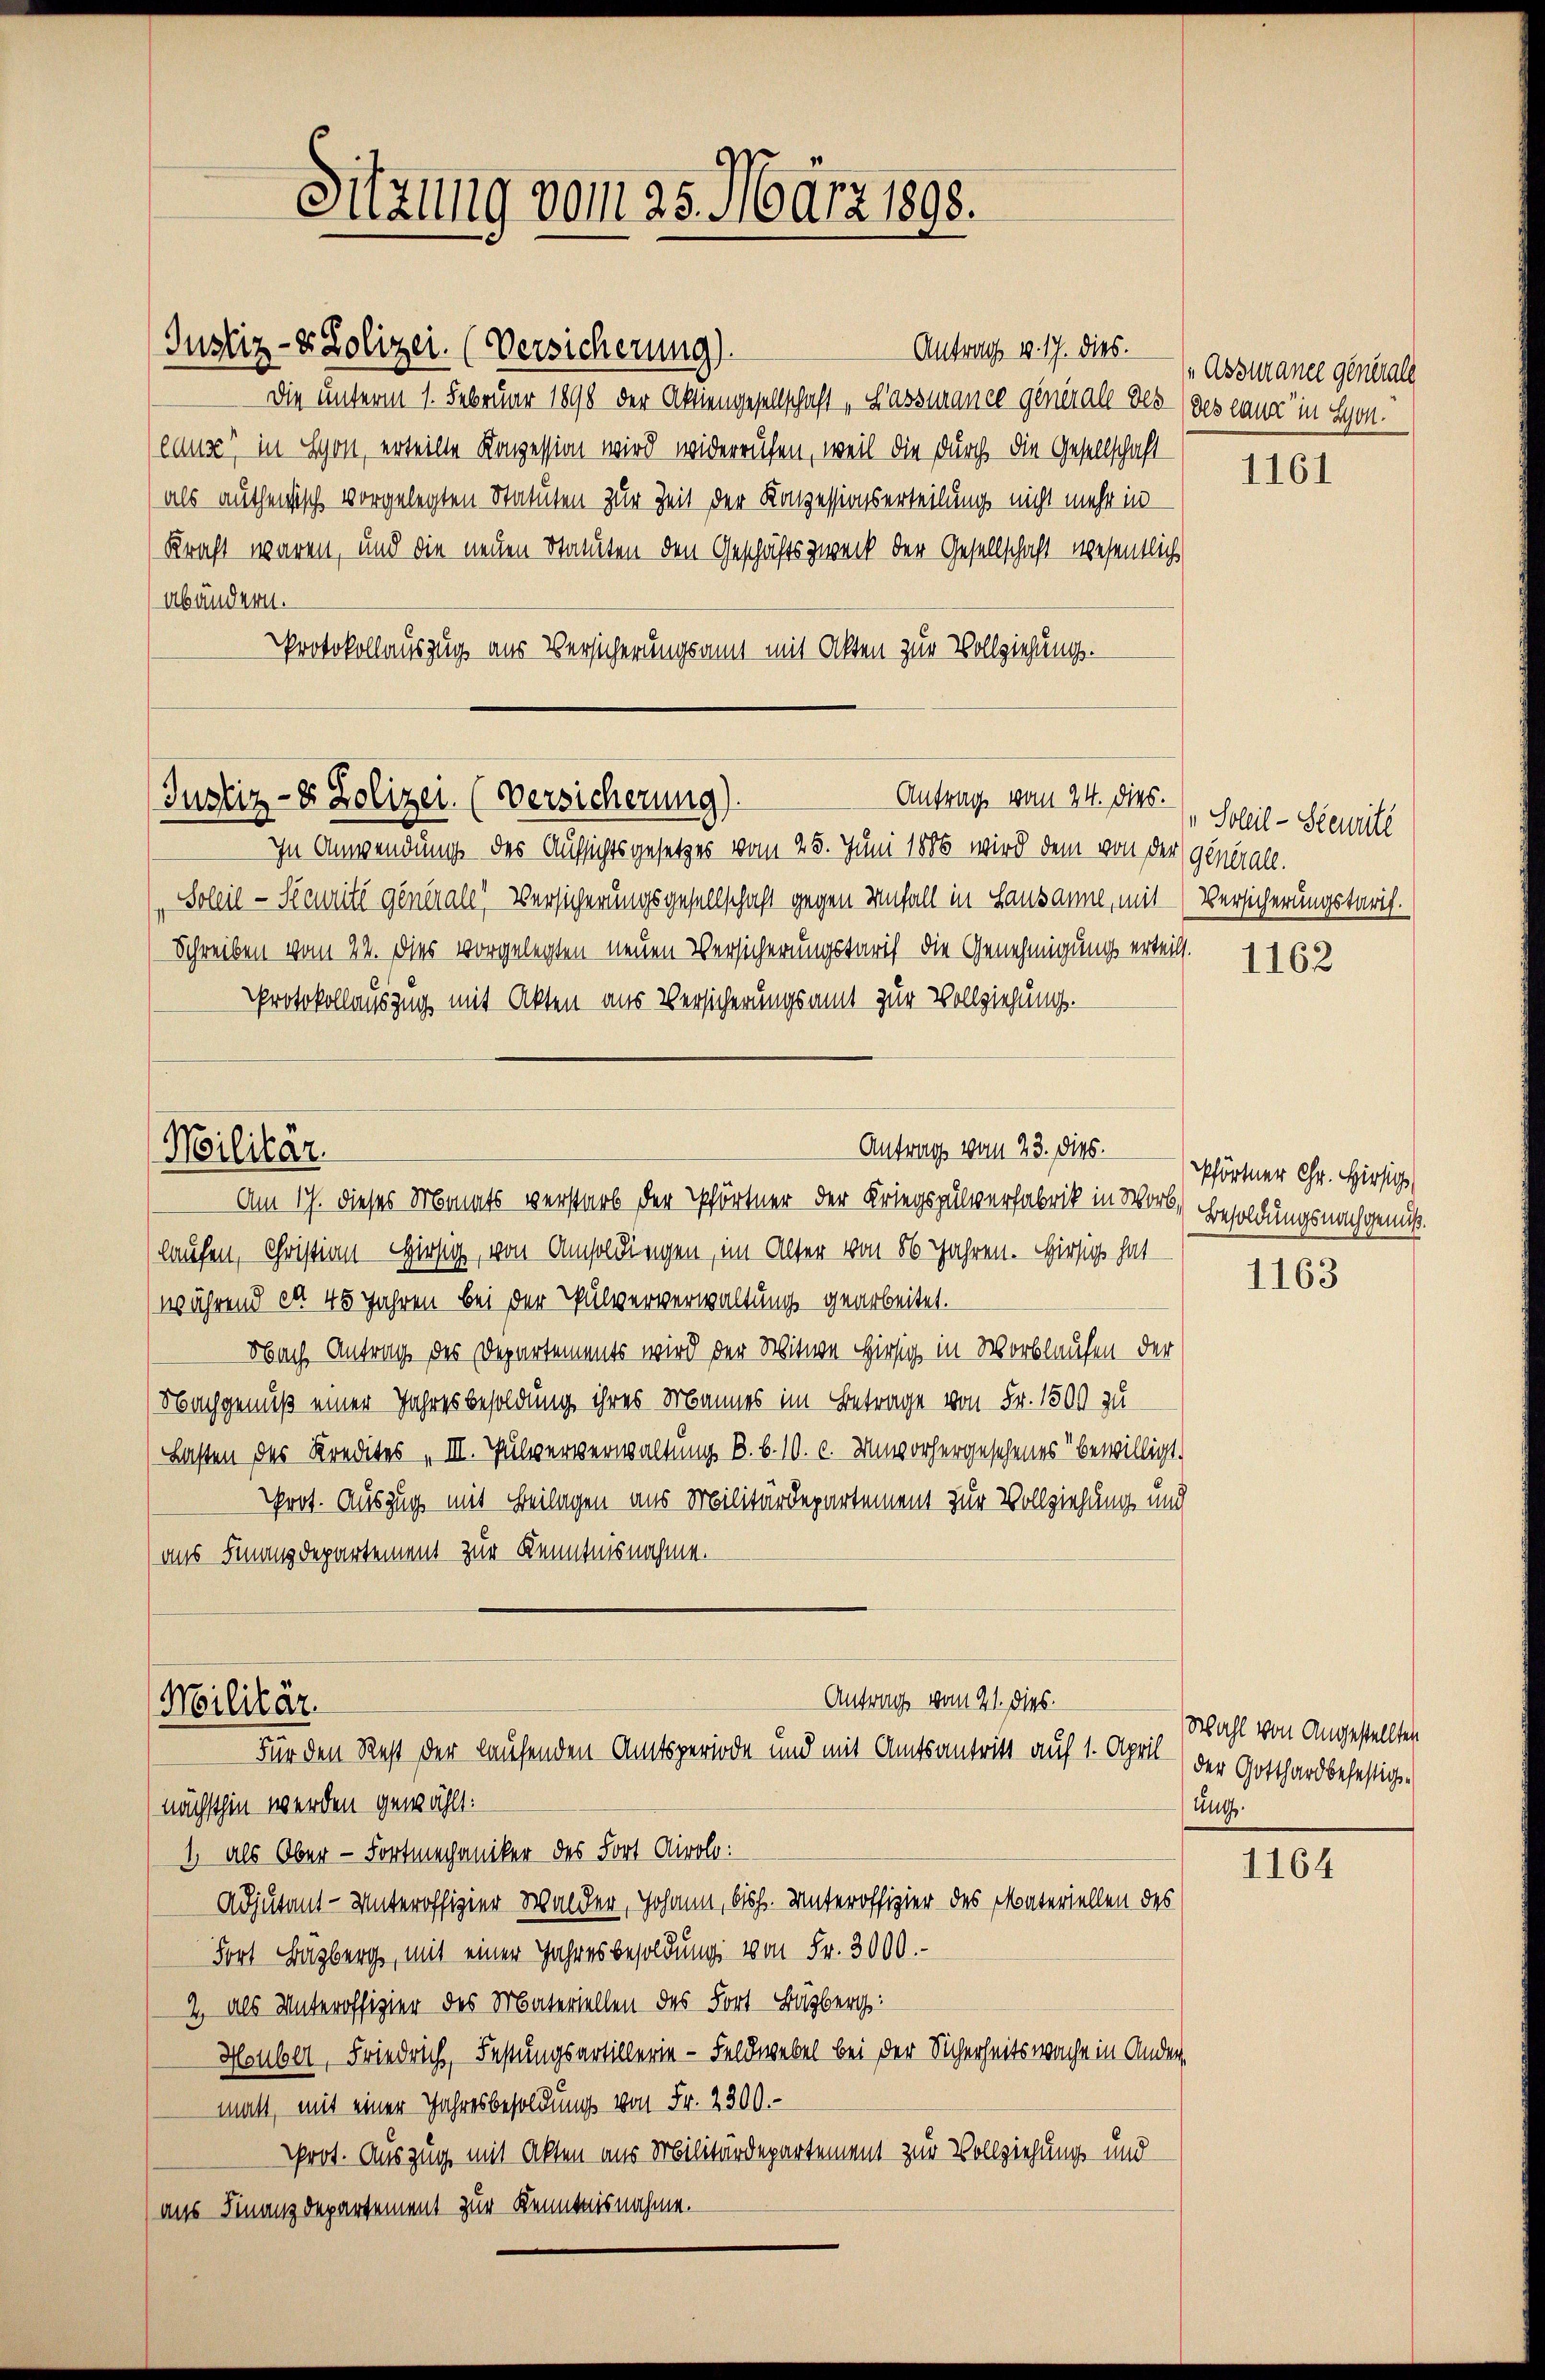
Justiz- & Polizei. (Versicherung).
Antrag v. 17. dies.
Die unterm 1. Februar 1890 der Aktiengesellschaft „Lassurance generall des (des ganz in Sonlause, in Schon, erteilte Konzession wird widerrufen, weil die durch die Gesellschaft
als authenisch vorgelegten Statuten zur Zeit der Konzessionserteilung nicht mehr in
Kraft waren, und die neuen Staaten den Geschäftszweck der Gesellschaft wesentlich
Abändern.
Protokollauszug aus Versicherungsamt mit Akten zur Vollziehung.

Justiz- & Polizei. (Versicherung).
Antrage vom 24. Das Schil-Siemitt

Militär.

Sitzung vom 25. März 1898.

In Anwendung des Aufsichtsgesetzes vom 25. Juni 1886 wird dem von der Generall.
Soleil- Seuritt generale Versicherungsgesellschaft gegen Unfall in Lausanne, mit (Versicherungstaris.
Schreiben vom 22. Dies vorgelegten neuen Versicherungstarif die Genehmigung erteilt.
Protokollauszug mit Akten aus Versicherungsamt zur Vollziehung.
Am 17. dieses Monats verstarb der Pförtner der Kriegspulverfabrik in Worb. Besoldungsnachgenuß.
laufen, Christian Chiesig, von Umsoldungen, im Alter von 56 Jahren. Hiesig hat
während et 45 Jahren bei der Pulververwaltung gearbeitet.
Obach Antrag des Departements wird der Schitwe hiesig in Wortlaufen der
Nachgenuß einer Jahresbesoldung ihres Mannes im Betrage von Fr. 1500 zu
Lasten des Kredites „III. Pulververwaltung B. b. 10. c. Unvorhergesehenes bewilligt.
Prot. Auszug mit Beilagen aus Militärdepartement zur Vollziehung und
ans Finanzdepartement zur Kenntnisnahme.
Antrag vom 21. dies
Militär.
Für den Rest der laufenden Amtsperiode und mit Amtsantritt auf 1. April
nächsthin werden gewählt:
1 als Ober-Fortmechaniker des Fort Airolo:
Adjutant-Unteroffizier Walder, Johann, bish. Unteroffizier des Materiellen des
Fort Buzberg, mit einer Jahresbesoldung von Fr. 3000.-
2, als Unteroffizier des Materiellen des Fort-Bagberg:
Heuber, Friedrich, Festungsartillerie - Feldwebel bei der Sicherheitswache in Ander,
malt, mit einer Jahresbesoldung von Fr. 2300.-
prot. Auszug mit Akten aus Militärdepartement zur Vollziehung und
(aus Finanzdepartement zur Kenntnisnahme.

Antrags vom 23. ds.  Pförtner Chr. Hirsig

„Absurance generall

1161

1162

1163

Wahl von Angestellten
der Gotthard befestigsung.

1164